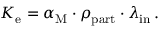
\begin{array} { r } { K _ { \mathrm { e } } = \alpha _ { \mathrm { M } } \cdot \rho _ { \mathrm { p a r t } } \cdot \lambda _ { \mathrm { i n } } \, . } \end{array}